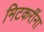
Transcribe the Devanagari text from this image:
मिटकरींना